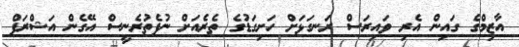
އާޒިމްގެ ގައިން އެރި ވައިރަސް ރަނގަޅަށް ހަށިގަޑުގެ ތެރެއަށް ނުފެތުރެނީސް އޭގެން އަޝްރަފް